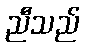
ညီသည်